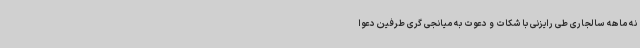
نه ماهه سالجاری طی رایزنی با شکات و دعوت به میانجی گری طرفین دعوا